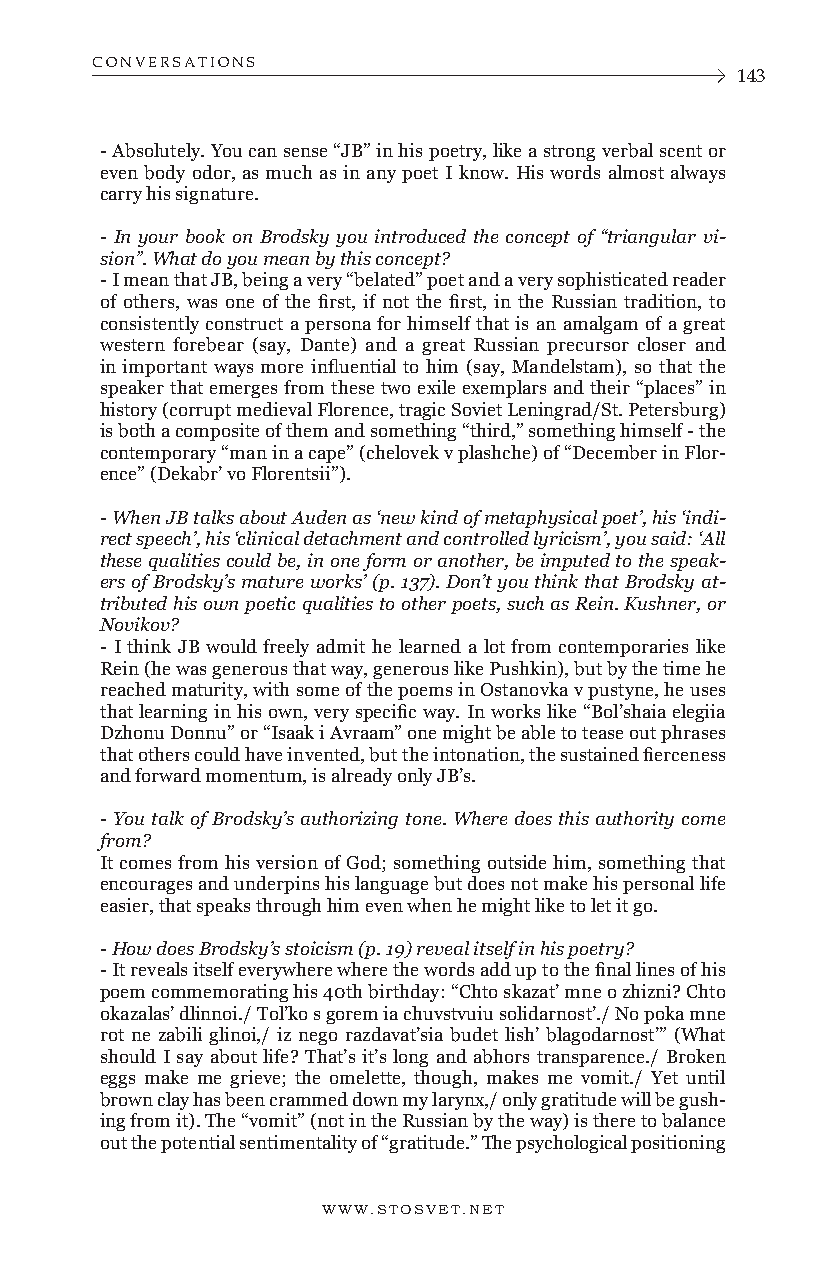
CONVERSATIONS
 143
 - Absolutely. You can sense “JB” in his poetry, like a strong verbal scent or
 even body odor, as much as in any poet I know. His words almost always
 carry his signature.
 - In your book on Brodsky you introduced the concept of “triangular vi-
 sion”. What do you mean by this concept?
 - I mean that JB, being a very “belated” poet and a very sophisticated reader
 of others, was one of the first, if not the first, in the Russian tradition, to
 consistently construct a persona for himself that is an amalgam of a great
 western forebear (say, Dante) and a great Russian precursor closer and
 in important ways more influential to him (say, Mandelstam), so that the
 speaker that emerges from these two exile exemplars and their “places” in
 history (corrupt medieval Florence, tragic Soviet Leningrad/St. Petersburg)
 is both a composite of them and something “third,” something himself - the
 contemporary “man in a cape” (chelovek v plashche) of “December in Flor-
 ence” (Dekabr’ vo Florentsii”).
 - When JB talks about Auden as ‘new kind of metaphysical poet’, his ‘indi-
 rect speech’, his ‘clinical detachment and controlled lyricism’, you said: ‘All
 these qualities could be, in one form or another, be imputed to the speak-
 ers of Brodsky’s mature works’ (p. 137). Don’t you think that Brodsky at-
 tributed his own poetic qualities to other poets, such as Rein. Kushner, or
 Novikov?
 - I think JB would freely admit he learned a lot from contemporaries like
 Rein (he was generous that way, generous like Pushkin), but by the time he
 reached maturity, with some of the poems in Ostanovka v pustyne, he uses
 that learning in his own, very specific way. In works like “Bol’shaia elegiia
 Dzhonu Donnu” or “Isaak i Avraam” one might be able to tease out phrases
 that others could have invented, but the intonation, the sustained fierceness
 and forward momentum, is already only JB’s.
 - You talk of Brodsky’s authorizing tone. Where does this authority come
 from?
 It comes from his version of God; something outside him, something that
 encourages and underpins his language but does not make his personal life
 easier, that speaks through him even when he might like to let it go.
 - How does Brodsky’s stoicism (p. 19) reveal itself in his poetry?
 - It reveals itself everywhere where the words add up to the final lines of his
 poem commemorating his 40th birthday: “Chto skazat’ mne o zhizni? Chto
 okazalas’ dlinnoi./ Tol’ko s gorem ia chuvstvuiu solidarnost’./ No poka mne
 rot ne zabili glinoi,/ iz nego razdavat’sia budet lish’ blagodarnost’” (What
 should I say about life? That’s it’s long and abhors transparence./ Broken
 eggs make me grieve; the omelette, though, makes me vomit./ Yet until
 brown clay has been crammed down my larynx,/ only gratitude will be gush-
 ing from it). The “vomit” (not in the Russian by the way) is there to balance
 out the potential sentimentality of “gratitude.” The psychological positioning
 WWW.STOSVET.NET      WWW.STOSVET.NET